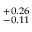
^ { + 0 . 2 6 } _ { - 0 . 1 1 }